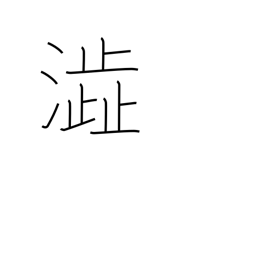
Meaning: astringent